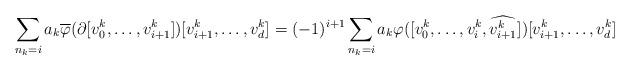
LaTeX: \begin{align*} \sum_{n_k=i}a_k\overline{\varphi}(\partial[v_0^k,\ldots,v_{i+1}^k])[v_{i+1}^k,\ldots,v_d^k]=(-1)^{i+1}\sum_{n_k=i}a_k\varphi([v_0^k,\ldots,v_i^k,\widehat{v_{i+1}^k}])[v_{i+1}^k,\ldots,v_d^k] \end{align*}